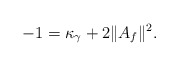
\begin{align*}-1 = \kappa_\gamma + 2\|A_f\|^2.\end{align*}